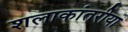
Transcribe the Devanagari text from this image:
शलाकांतरीया